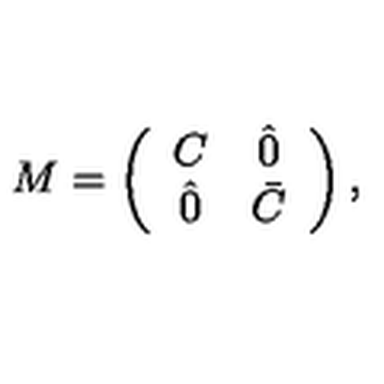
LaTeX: M = \left( \begin{array} { c c } { C } & { \hat { 0 } } \\ { \hat { 0 } } & { \bar { C } } \\ \end{array} \right) ,